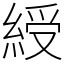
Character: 綬